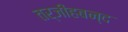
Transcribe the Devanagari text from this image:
तर्जीहबन्द